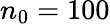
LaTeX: n_{0}=100